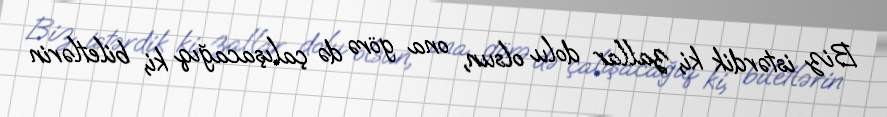
Biz istərdik ki, zallar dolu olsun, ona görə də çalışacağıq ki, biletlərin